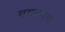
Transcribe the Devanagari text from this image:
यमतर्पण